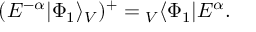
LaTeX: ( E ^ { - \alpha } | \Phi _ { 1 } \rangle _ { V } ) ^ { + } = { } _ { V } \langle \Phi _ { 1 } | E ^ { \alpha } .